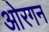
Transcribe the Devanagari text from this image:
ओरगन